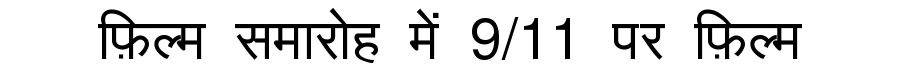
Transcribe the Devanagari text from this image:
फ़िल्म समारोह में 9/11 पर फ़िल्म